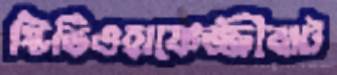
স্টিভিওহাফেজ্জীবাট